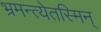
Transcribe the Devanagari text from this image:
भ्रमन्त्येतस्मिन्